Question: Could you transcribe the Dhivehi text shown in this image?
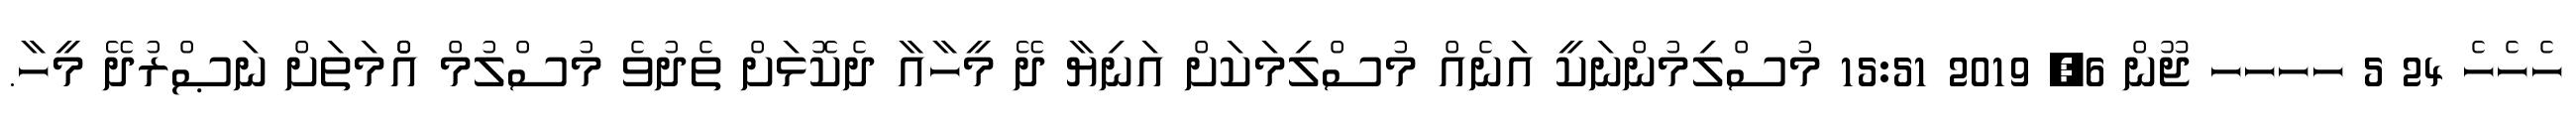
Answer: ހެހެހެ 24 5 ހހހހ ޖޫން 6, 2019 15:51 މުސްލިމުންނަކީ އަނެއް މުސްލިމަކަށް އަނިޔާ ދޭ މީހާއާ ދެކޮޅަށް ތެދުވެ މުސްލުމް އުެްމަތަށް ނަޞްރުދޭ މީހާ.